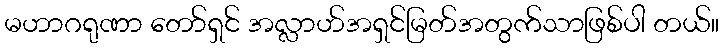
မဟာဂရုဏာ တော်ရှင် အလ္လာဟ်အရှင်မြတ်အတွက်သာဖြစ်ပါ တယ်။